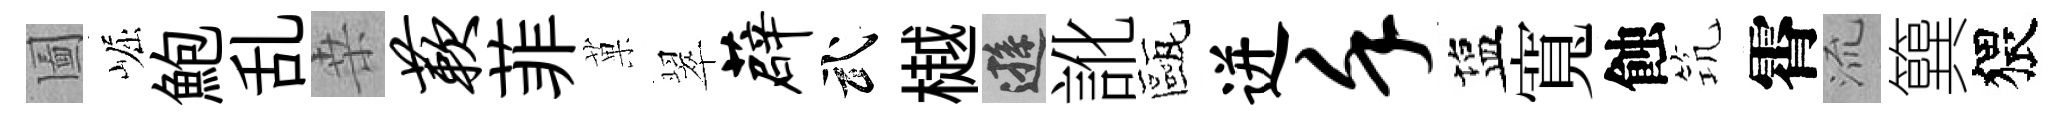
圗崛鮑乱桒蔌菲菓翠薜武樾遜訛甌迸堇塩寬蝕𥬑霄𣴑簨猥